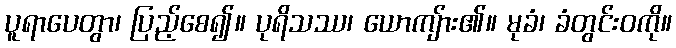
ပူရာပေတွာ၊ ပြည့်စေ၍။ ပုရိသဿ၊ ယောကျ်ား၏။ မုခံ၊ ခံတွင်းဝကို။